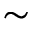
\sim